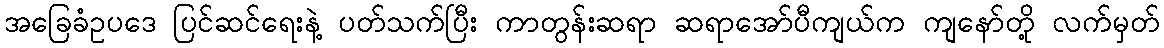
အခြေခံဥပဒေ ပြင်ဆင်ရေးနဲ့ ပတ်သက်ပြီး ကာတွန်းဆရာ ဆရာအော်ပီကျယ်က ကျနော်တို့ လက်မှတ်